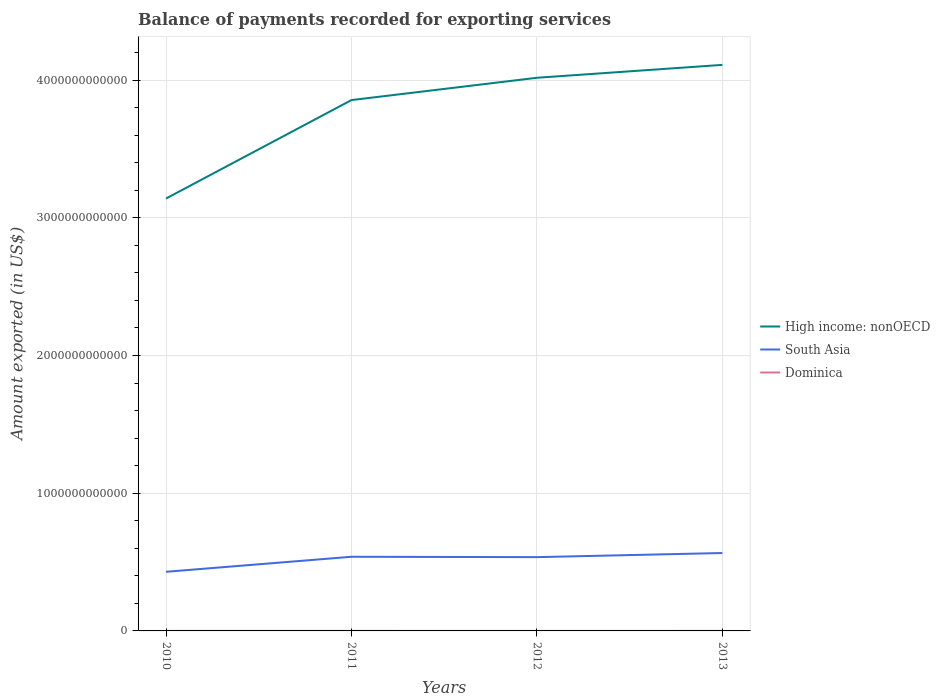
| Years | High income: nonOECD | South Asia | Dominica |
 | --- | --- | --- | --- |
 | 2010 | 3.14e+12 | 4.29e+11 | 1.8e+08 |
 | 2011 | 3.85e+12 | 5.38e+11 | 1.96e+08 |
 | 2012 | 4.02e+12 | 5.36e+11 | 1.65e+08 |
 | 2013 | 4.11e+12 | 5.66e+11 | 1.74e+08 |